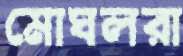
মোঘলরা